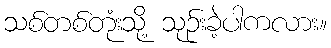
သစ်တစ်တုံးသို့ သုဉ်းခဲ့ပါကလား။